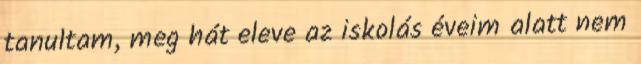
tanultam, meg hát eleve az iskolás éveim alatt nem